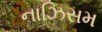
નાઝિસમ